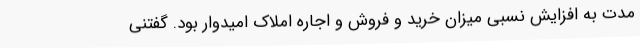
مدت به افزایش نسبی میزان خرید و فروش و اجاره املاک امیدوار بود. گفتنی